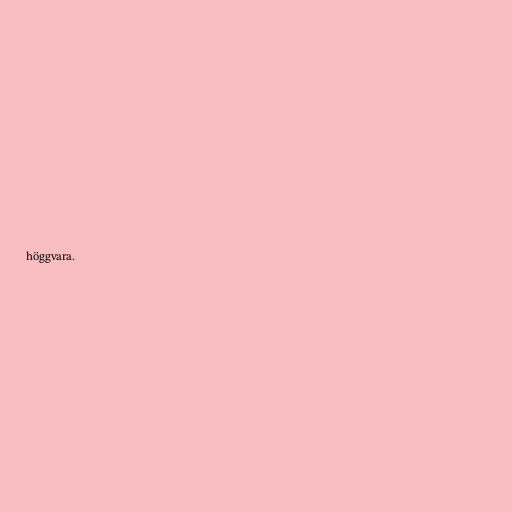
höggvara.